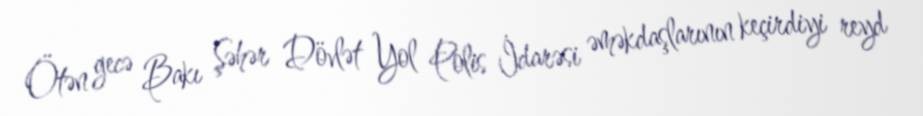
Ötən gecə Bakı Şəhər Dövlət Yol Polis İdarəsi əməkdaşlarının keçirdiyi reyd